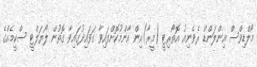
މޯލްޑިވްސް އިންލަންޑް ރެވެނިއު އޮތޯރިޓީ (މީރާ)އިން އާންމުކޮށްފައިވާ ގަވައިދުގައިވާ ގޮތުން ލޯޔަލްޓީ ސްކީމެއްގެ